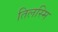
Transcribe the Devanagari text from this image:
तिलस्मि